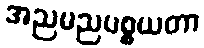
အညမညပစ္စယတာ